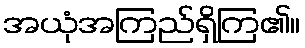
အယုံအကြည်ရှိကြ၏။